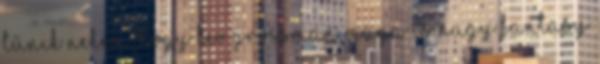
tűnik nekem, hogy Lev Grossman maga is nagy fantasy